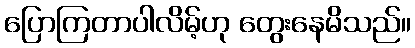
ပြောကြတာပါလိမ့်ဟု တွေးနေမိသည်။